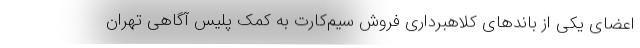
اعضای یکی از باندهای کلاهبرداری فروش سیم‌کارت به کمک پلیس آگاهی تهران